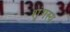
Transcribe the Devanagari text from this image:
शृंगस्य